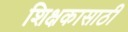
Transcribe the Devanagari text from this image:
शिक्षकासाठी